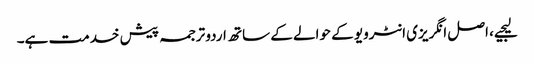
لیجیے، اصل انگریزی انٹرویو کے حوالے کے ساتھ اردو ترجمہ پیش خدمت ہے۔